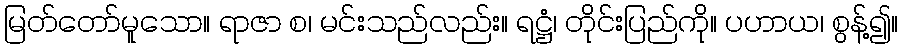
မြတ်တော်မူသော။ ရာဇာ စ၊ မင်းသည်လည်း။ ရဋ္ဌံ၊ တိုင်းပြည်ကို။ ပဟာယ၊ စွန့်၍။